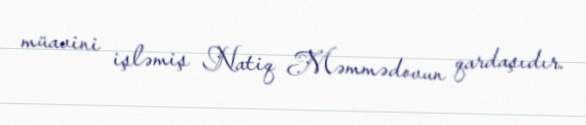
müavini işləmiş Natiq Məmmədovun qardaşıdır.